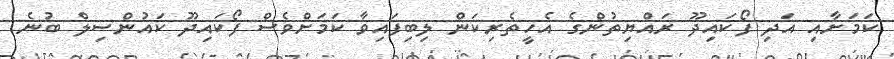
ކަމަށާއި އަދި ފޯކައިދޫ ރައްޔިތުންގެ އެހީތެރިކަން ލިބިފައިވާ ކަމަށްވެސް ފޯކައިދޫ ކައުންސިލް ބުނެ